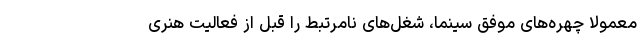
معمولا چهره‌های موفق سینما، شغل‌های نامرتبط را قبل از فعالیت هنری